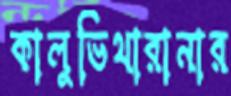
কালুভিথারানার